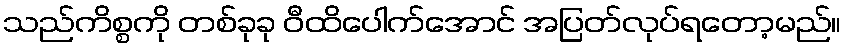
သည်ကိစ္စကို တစ်ခုခု ဝီထိပေါက်အောင် အပြတ်လုပ်ရတော့မည်။